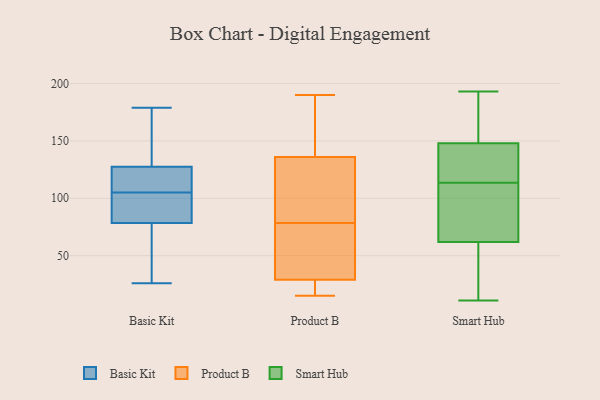
{"axis": {"x": "Website Visitors", "y": "Value"}, "legend": ["Basic Kit", "Product B", "Smart Hub"], "data": [{"x": "", "y": 179, "type": "Basic Kit"}, {"x": "", "y": 26, "type": "Basic Kit"}, {"x": "", "y": 126, "type": "Basic Kit"}, {"x": "", "y": 82, "type": "Basic Kit"}, {"x": "", "y": 104, "type": "Basic Kit"}, {"x": "", "y": 105, "type": "Basic Kit"}, {"x": "", "y": 68, "type": "Basic Kit"}, {"x": "", "y": 77, "type": "Basic Kit"}, {"x": "", "y": 79, "type": "Basic Kit"}, {"x": "", "y": 132, "type": "Basic Kit"}, {"x": "", "y": 108, "type": "Basic Kit"}, {"x": "", "y": 170, "type": "Basic Kit"}, {"x": "", "y": 105, "type": "Basic Kit"}, {"x": "", "y": 80, "type": "Product B"}, {"x": "", "y": 117, "type": "Product B"}, {"x": "", "y": 77, "type": "Product B"}, {"x": "", "y": 95, "type": "Product B"}, {"x": "", "y": 33, "type": "Product B"}, {"x": "", "y": 31, "type": "Product B"}, {"x": "", "y": 136, "type": "Product B"}, {"x": "", "y": 29, "type": "Product B"}, {"x": "", "y": 147, "type": "Product B"}, {"x": "", "y": 15, "type": "Product B"}, {"x": "", "y": 190, "type": "Product B"}, {"x": "", "y": 25, "type": "Product B"}, {"x": "", "y": 162, "type": "Product B"}, {"x": "", "y": 18, "type": "Product B"}, {"x": "", "y": 107, "type": "Smart Hub"}, {"x": "", "y": 105, "type": "Smart Hub"}, {"x": "", "y": 72, "type": "Smart Hub"}, {"x": "", "y": 147, "type": "Smart Hub"}, {"x": "", "y": 148, "type": "Smart Hub"}, {"x": "", "y": 128, "type": "Smart Hub"}, {"x": "", "y": 141, "type": "Smart Hub"}, {"x": "", "y": 11, "type": "Smart Hub"}, {"x": "", "y": 50, "type": "Smart Hub"}, {"x": "", "y": 62, "type": "Smart Hub"}, {"x": "", "y": 193, "type": "Smart Hub"}, {"x": "", "y": 149, "type": "Smart Hub"}, {"x": "", "y": 164, "type": "Smart Hub"}, {"x": "", "y": 46, "type": "Smart Hub"}, {"x": "", "y": 120, "type": "Smart Hub"}, {"x": "", "y": 94, "type": "Smart Hub"}, {"x": "", "y": 167, "type": "Smart Hub"}, {"x": "", "y": 12, "type": "Smart Hub"}]}